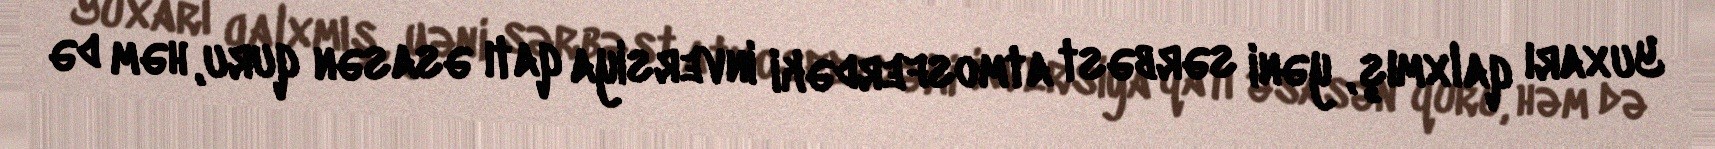
Yuxarı qalxmış, yəni sərbəst atmosferdəki inversiya qatı əsasən quru, həm də